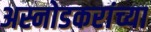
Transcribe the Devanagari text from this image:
अस्नोडकरांच्या